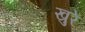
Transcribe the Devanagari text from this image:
खुरे